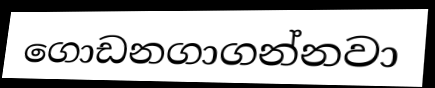
ගොඩනගාගන්නවා